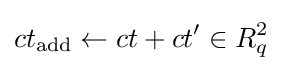
ct_{\text{add}}\leftarrow ct+ct'\in R_{q}^{2}